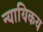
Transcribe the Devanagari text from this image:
न्यायिकय